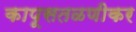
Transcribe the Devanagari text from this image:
कापूसतळणीकर